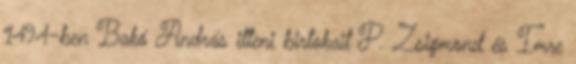
1494-ben Bakó András itteni birtokait P. Zsigmond és Imre